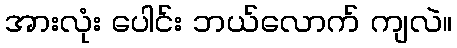
အားလုံး ပေါင်း ဘယ်လောက် ကျလဲ။